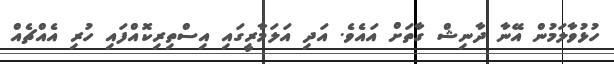
ހުޅުވާލަމުން އޭނާ ދާނިޝް ގާތަށް އައެވެ. އަދި އަލަމާރީގައި އިސްތިރިކޮއްފައި ހުރި އެއްޗެއް